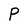
Character: P